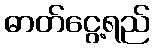
ဓာတ်ငွေ့ရည်